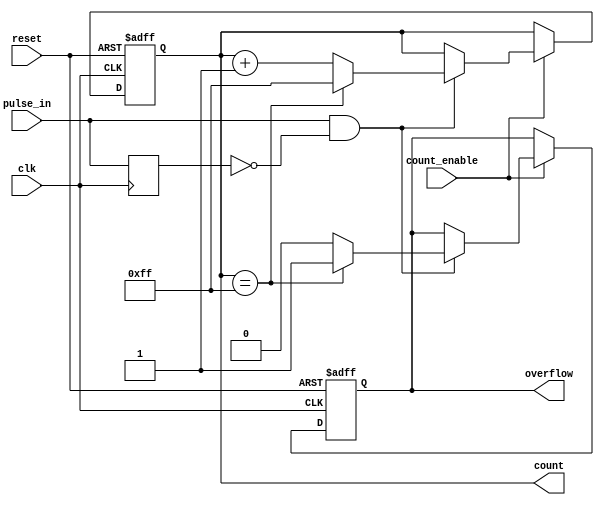
module pulse_counter (
    input wire clk,               // Clock signal
    input wire reset,             // Reset signal
    input wire pulse_in,          // Input pulse signal
    input wire count_enable,       // Count enable signal
    output reg [7:0] count,       // 8-bit count output
    output reg overflow           // Overflow flag
);

    // Internal signal to detect rising edge of pulse_in
    reg pulse_in_d;               // Delayed pulse_in for edge detection

    // Edge detection for pulse_in
    always @(posedge clk) begin
        pulse_in_d <= pulse_in;   // Store the current pulse_in value
    end

    // Counting logic
    always @(posedge clk or posedge reset) begin
        if (reset) begin
            count <= 8'b0;         // Reset count to zero
            overflow <= 1'b0;      // Clear overflow flag
        end else if (count_enable) begin
            if (pulse_in && !pulse_in_d) begin // Rising edge detected
                if (count == 8'hFF) begin
                    count <= 8'hFF; // Max count reached, set overflow
                    overflow <= 1'b1; // Set overflow flag
                end else begin
                    count <= count + 1; // Increment count
                    overflow <= 1'b0; // Clear overflow flag
                end
            end
        end
    end

endmodule